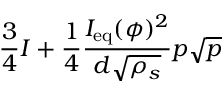
\displaystyle \frac { 3 } { 4 } I + \frac { 1 } { 4 } \frac { I _ { \mathrm { e q } } ( \phi ) ^ { 2 } } { d \sqrt { \rho _ { s } } } p \sqrt { p }